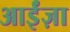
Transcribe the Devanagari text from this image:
आईंज़ा